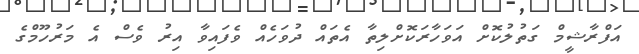
އަފްރާޝީމް ގަތުލުކޮށް އަވަހާރަކޮށްލިތާ އެތައް ދުވަހެއް ވެފައިވާ އިރު ވެސް އެ މަރުހޫމްގެ